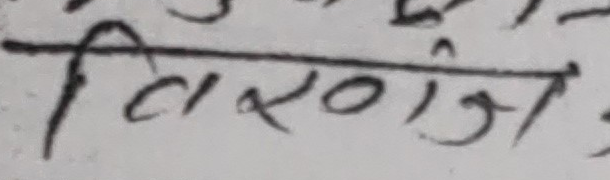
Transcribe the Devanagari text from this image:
विरगंज